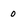
Character: 0